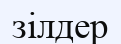
зілдер